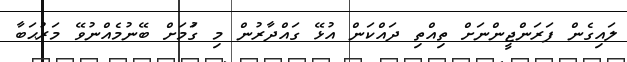
ލައިގެން ފަރަންޖީންނަށް ތިއްތި ދައްކަން އުޅޭ ގައްދާރުން މި ގަުމަށް ބޭނުމެއްނުވޭ މަރުޙަބާ